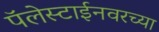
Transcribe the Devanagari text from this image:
पॅलेस्टाईनवरच्या